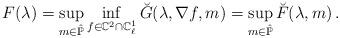
LaTeX: \begin{align*} F(\lambda)=\sup_{m\in\hat{\mathbb P}}\inf_{f\in\mathbb C^2\cap \mathbb C^1_\ell}\breve G(\lambda,\nabla f,m)=\sup_{m\in\hat{\mathbb P}}\breve F(\lambda,m)\,.\end{align*}